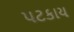
પટકાય